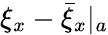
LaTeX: \xi_{x}-{\bar{\xi}_{x}}|_{a}